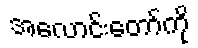
အလောင်းတော်ကို